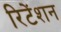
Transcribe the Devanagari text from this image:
रिटेंशन